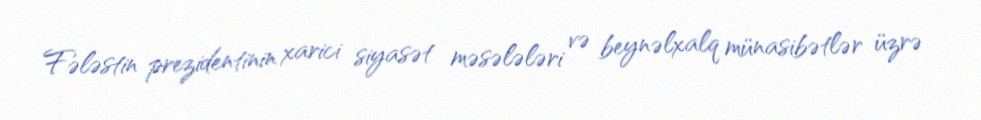
Fələstin prezidentinin xarici siyasət məsələləri və beynəlxalq münasibətlər üzrə